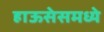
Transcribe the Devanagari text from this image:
हाऊसेसमध्ये